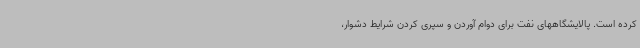
کرده است. پالایشگاههای نفت برای دوام آوردن و سپری کردن شرایط دشوار،